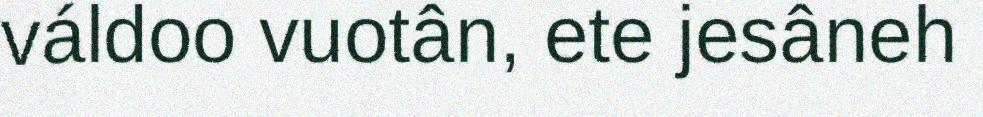
váldoo vuotân, ete jesâneh